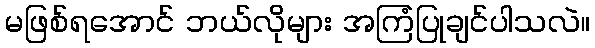
မဖြစ်ရအောင် ဘယ်လိုများ အကြံပြုချင်ပါသလဲ။